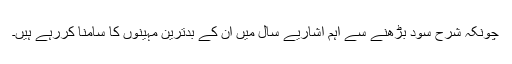
چونکہ شرح سود بڑھنے سے اہم اشاریے سال میں ان کے بدترین مہینوں کا سامنا کررہے ہیں۔